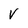
Character: V